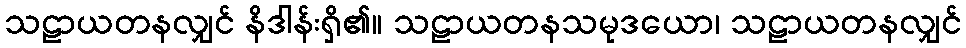
သဠာယတနလျှင် နိဒါန်းရှိ၏။ သဠာယတနသမုဒယော၊ သဠာယတနလျှင်